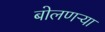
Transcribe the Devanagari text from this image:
बोलणऱ्या